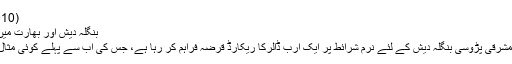
(06.09.2010)
بنگلہ دیش اور بھارت میں بڑھتا تعاون
بھارت اپنے مشرقی پڑوسی بنگلہ دیش کے لئے نرم شرائط پر ایک ارب ڈالرکا ریکارڈ قرضہ فراہم کر رہا ہے، جس کی اب سے پہلے کوئی مثال موجود نہیں۔